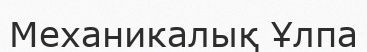
Механикалық Ұлпа